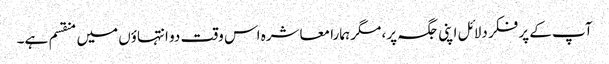
آپ کے پر فکر دلائل اپنی جگہ پر، مگر ہمارا معاشرہ اس وقت دو انتہاؤں میں منقسم ہے۔